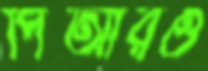
পিআরও